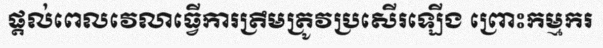
ផ្តល់ពេលវេលាធ្វើការត្រឹមត្រូវប្រសើរឡើង ព្រោះកម្មករ